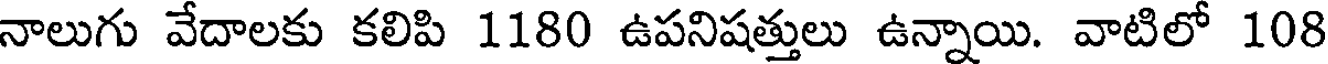
నాలుగు వేదాలకు కలిపి 1180 ఉపనిషత్తులు ఉన్నాయి. వాటిలో 108